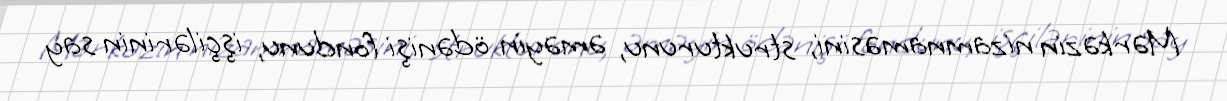
Mərkəzin nizamnaməsini, strukturunu, əməyin ödənişi fondunu, işçilərinin say